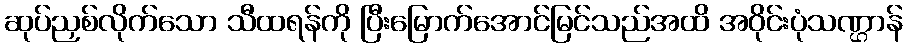
ဆုပ်ညှစ်လိုက်သော သီထရန်ကို ပြီးမြောက်အောင်မြင်သည်အထိ အဝိုင်းပုံသဏ္ဌာန်